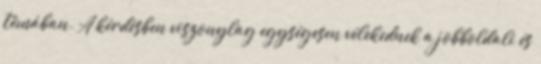
témában. A kérdésben viszonylag egységesen vélekednek a jobboldali és